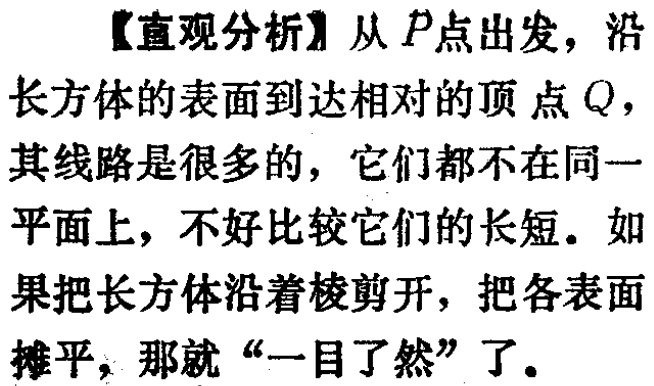
【直观分析】从 \(P\)点出发，沿长方体的表面到达相对的顶点 \(Q\)，其线路是很多的，它们都不在同一平面上，不好比较它们的长短。如果把长方体沿着棱剪开，把各表面摊平，那就“一目了然”了。